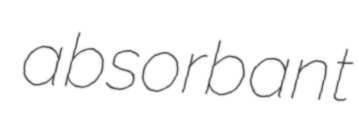
absorbant